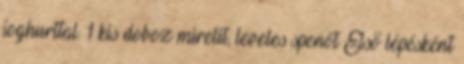
joghurttal. 1 kis doboz mirelit, leveles spenót Első lépésként